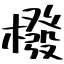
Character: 橃